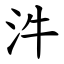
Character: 汼